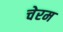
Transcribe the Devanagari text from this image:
चेरम